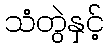
သံတွဲနှင့်